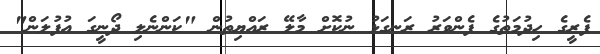
ފެރީގެ ހިދުމަތުގެ ފެންވަރު ރަނގަޅު ނުކޮށް މާލޭ ރައްޔިތުން "ކަންނެލި ދޯނީގަ އުފުލަން"